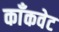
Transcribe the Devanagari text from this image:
काँकवेट